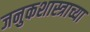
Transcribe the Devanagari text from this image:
जनुकशास्त्राच्या